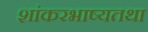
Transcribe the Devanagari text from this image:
शांकरभाष्यतथा